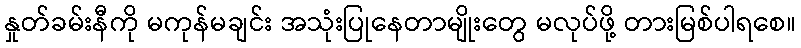
နှုတ်ခမ်းနီကို မကုန်မချင်း အသုံးပြုနေတာမျိုးတွေ မလုပ်ဖို့ တားမြစ်ပါရစေ။